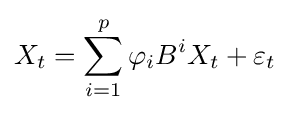
X_{t}=\sum _{i=1}^{p}\varphi _{i}B^{i}X_{t}+\varepsilon _{t}